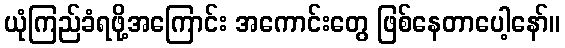
ယုံကြည်ခံရဖို့အကြောင်း အကောင်းတွေ ဖြစ်နေတာပေါ့နော်။